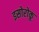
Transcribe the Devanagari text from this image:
इसोरोकू